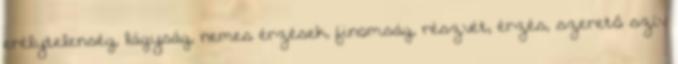
erélytelenség, lágyság, nemes érzések, finomság, részvét, érzés, szerető szív